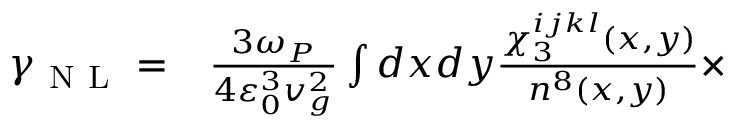
\begin{array} { r l } { \gamma _ { \mathrm { ~ N ~ L ~ } } = } & { { } \frac { 3 \omega _ { P } } { 4 \varepsilon _ { 0 } ^ { 3 } v _ { g } ^ { 2 } } \int d x d y \frac { \chi _ { 3 } ^ { i j k l } ( x , y ) } { n ^ { 8 } ( x , y ) } \times } \end{array}